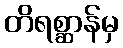
တိရစ္ဆာန်မှ